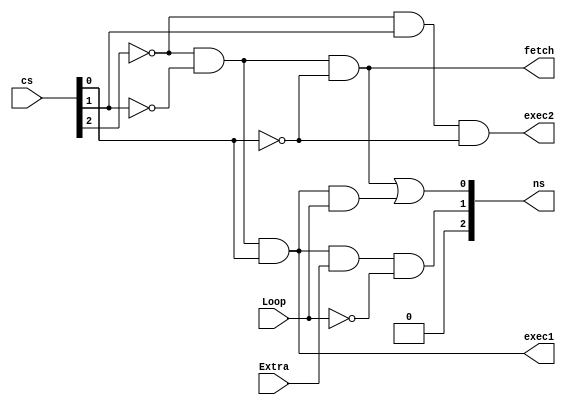
module state_machine(
    input [2:0] cs,
    input Extra,
    input Loop,
    output [2:0] ns,
    output fetch,
    output exec1,
    output exec2
);

assign ns[2] = 0;
assign ns[1] = ~cs[2]&~cs[1]&cs[0]&Extra&~Loop;
assign ns[0] = ~cs[2]&~cs[1]&~cs[0] | ~cs[2]&~cs[1]&cs[0]&Loop;
assign fetch = ~cs[2]&~cs[1]&~cs[0];
assign exec1 = ~cs[2]&~cs[1]&cs[0];
assign exec2 = ~cs[2]&cs[1]&~cs[0];

endmodule